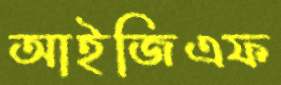
আইজিএফ